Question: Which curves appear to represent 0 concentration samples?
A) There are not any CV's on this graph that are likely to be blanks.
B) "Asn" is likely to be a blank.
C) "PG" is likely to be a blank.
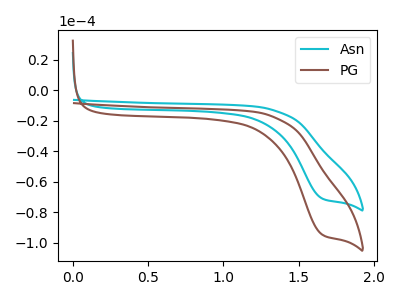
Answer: <think>The cyan curve "Asn" has a cathodic peak at: (1.65V, -70.95uA). The brown curve "PG" has a cathodic peak at: (1.65V, -94.55uA).</think>
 <answer>A) There are not any CV's on this graph that are likely to be blanks.</answer>
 <eval>A</eval>